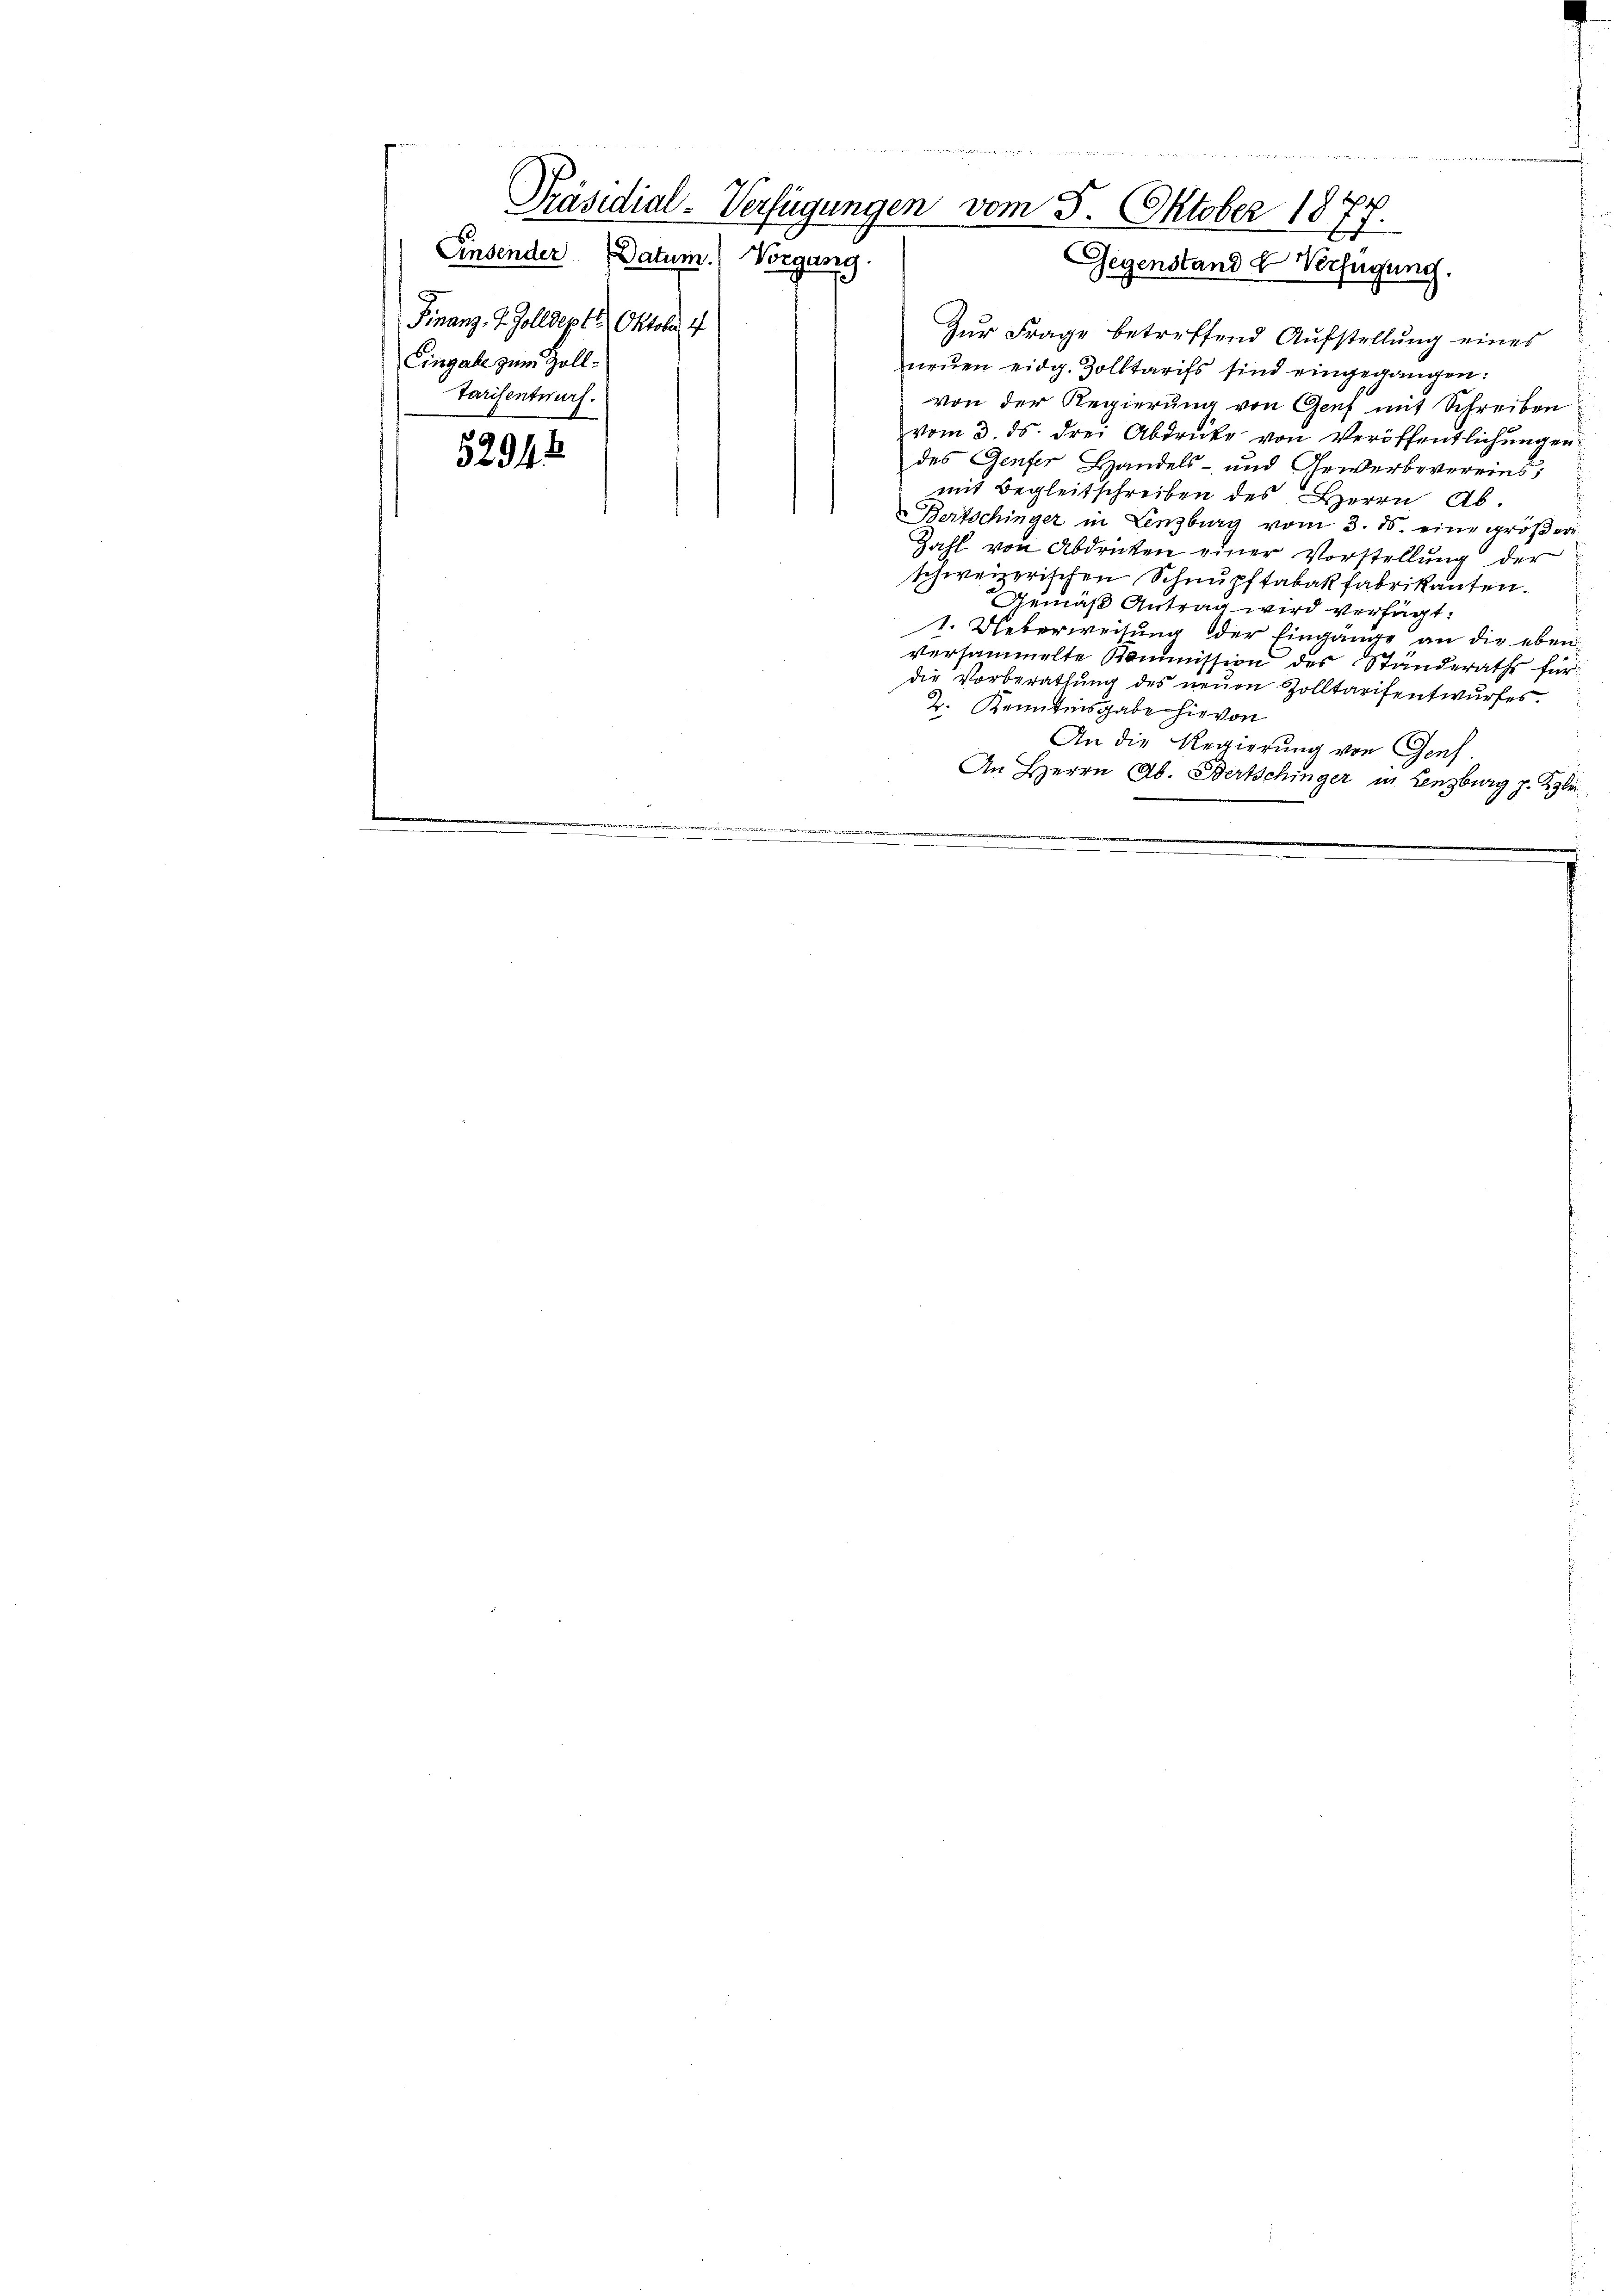
Eingabe zum Zoll¬
52944

x

Einsender Datum.) Vorgang.
Finanz. J. Zolldept 1. Oktober 4
Tarisentwurf.

erhin e g ain an e g da der von Stellt vom 10 Mariat der den mit eine
Präsidial-Verfügungen vom 5. Oktober 1877.
Gegenstand & Verfügung.

Zur Frage betreffend Aufstellung eines
neuen eidg. Zolltarifs sind eingegangen:
von der Regierung von Genf mit Schreiben
vom 3. ds. drei Abdruke von Veröffentlichungen
des Genfer Handels- und Gewerbevereins,
mit Begleitschreiben des Herrn Ab¬
Bertschinger in Lenzburg vom 3. ds. eine gröβere
Zahl von Abdrücken einer Vorstellung der
schweizerischen Schnupftabakfabrikanten.
Gemäß Antrag wird verfügt:
1. Ueberweisung der Eingänge an die eben
versammelte Kommission des Ständeraths für
die Vorberathung des neuen Zolltarifentwurfes.
2. Kenntnisgabe hievon
An die Regierung von Gef
An Herrn Ab. Bertschinger in Lenzburg z. Klei¬